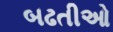
બઢતીઓ